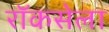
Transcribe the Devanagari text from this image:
रॉकसेला